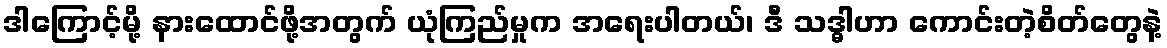
ဒါကြောင့်မို့ နားထောင်ဖို့အတွက် ယုံကြည်မှုက အရေးပါတယ်၊ ဒီ သဒ္ဓါဟာ ကောင်းတဲ့စိတ်တွေနဲ့